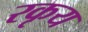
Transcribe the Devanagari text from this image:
रकृय